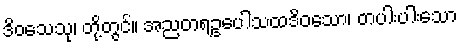
ဒိဝသေသု၊ တို့တွင်။ အညတရဥပေါသထဒိဝသော၊ တပါးပါးသော